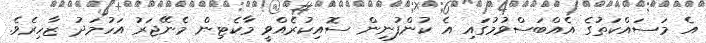
އެ މަަސައްކަތުގެ އެއްބަސްވުމުގައި އެ ކުންފުނިން ސޮއިކުރެއްވީ މާކެޓިން މެނޭޖަރު އަހުމަދު ޒާހިރެވެ.